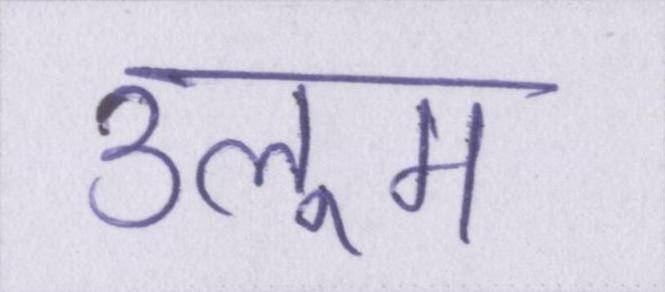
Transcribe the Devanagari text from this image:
उलूम